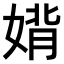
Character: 𫱉